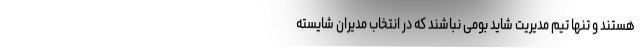
هستند و تنها تیم مدیریت شاید بومی نباشند که در انتخاب مدیران شایسته